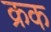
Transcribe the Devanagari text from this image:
क्रक